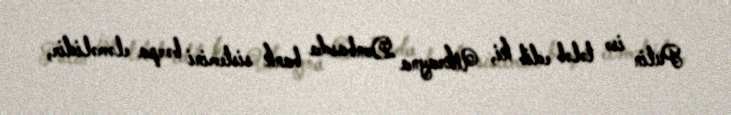
Putin isə tələb edib ki, Ukrayna Donbasda bank sistemini bərpa eləməlidir,